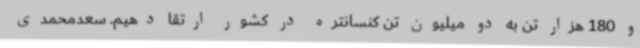
و 180 هزار تن به دو میلیون تن کنسانتره در کشور ارتقا دهیم. سعدمحمدی